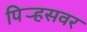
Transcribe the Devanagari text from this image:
पिर्‍हसवर